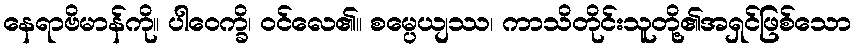
နေရာဗိမာန်ကို။ ပါဝေက္ခိ၊ ဝင်လေ၏။ စမ္ပေယျဿ၊ ကာသိတိုင်းသူတို့၏အရှင်ဖြစ်သော